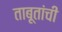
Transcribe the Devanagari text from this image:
ताबूतांची